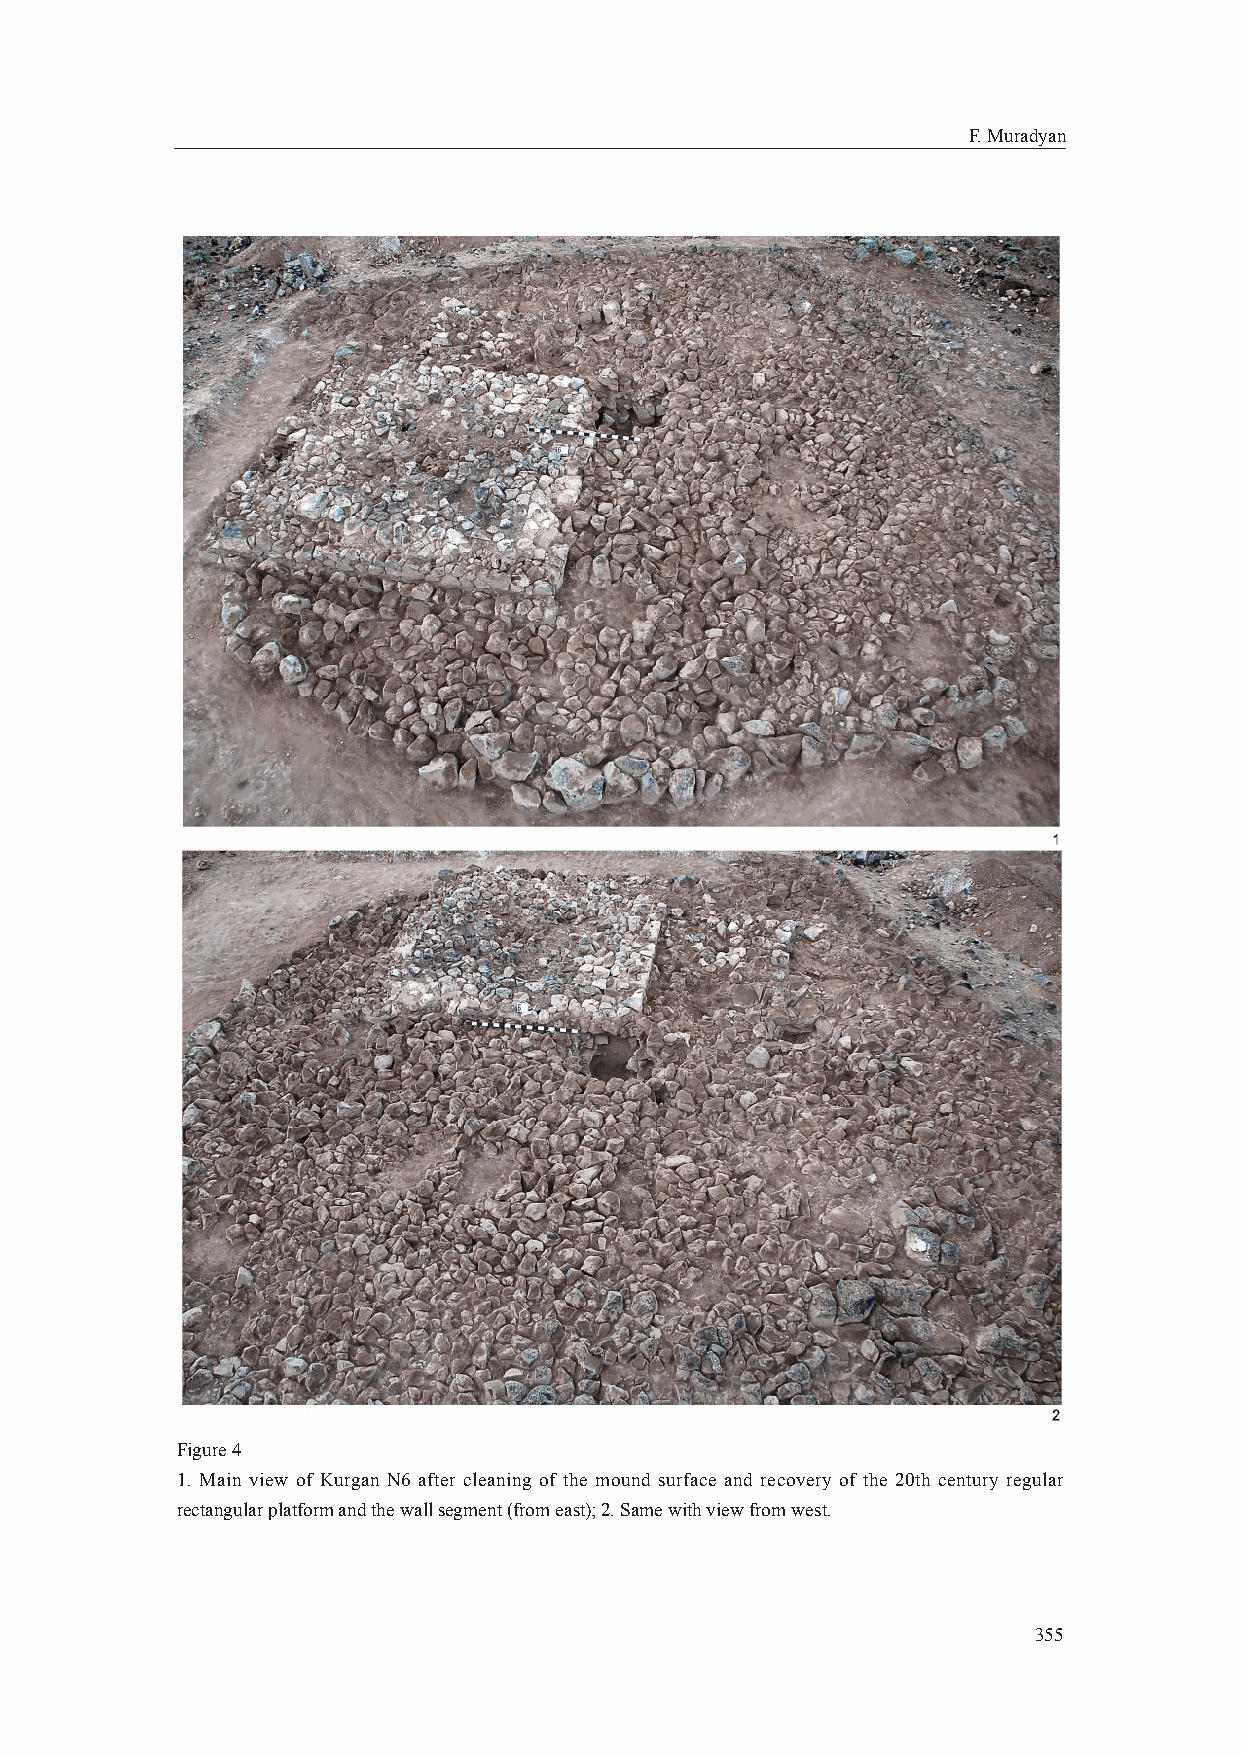
F. Muradyan
 Figure 4
 1. Main view of Kurgan N6 after cleaning of the mound surface and recovery of the 20th century regular
 rectangular platform and the wall segment (from east); 2. Same with view from west.
 355